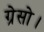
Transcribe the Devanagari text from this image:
ग्रेसो।